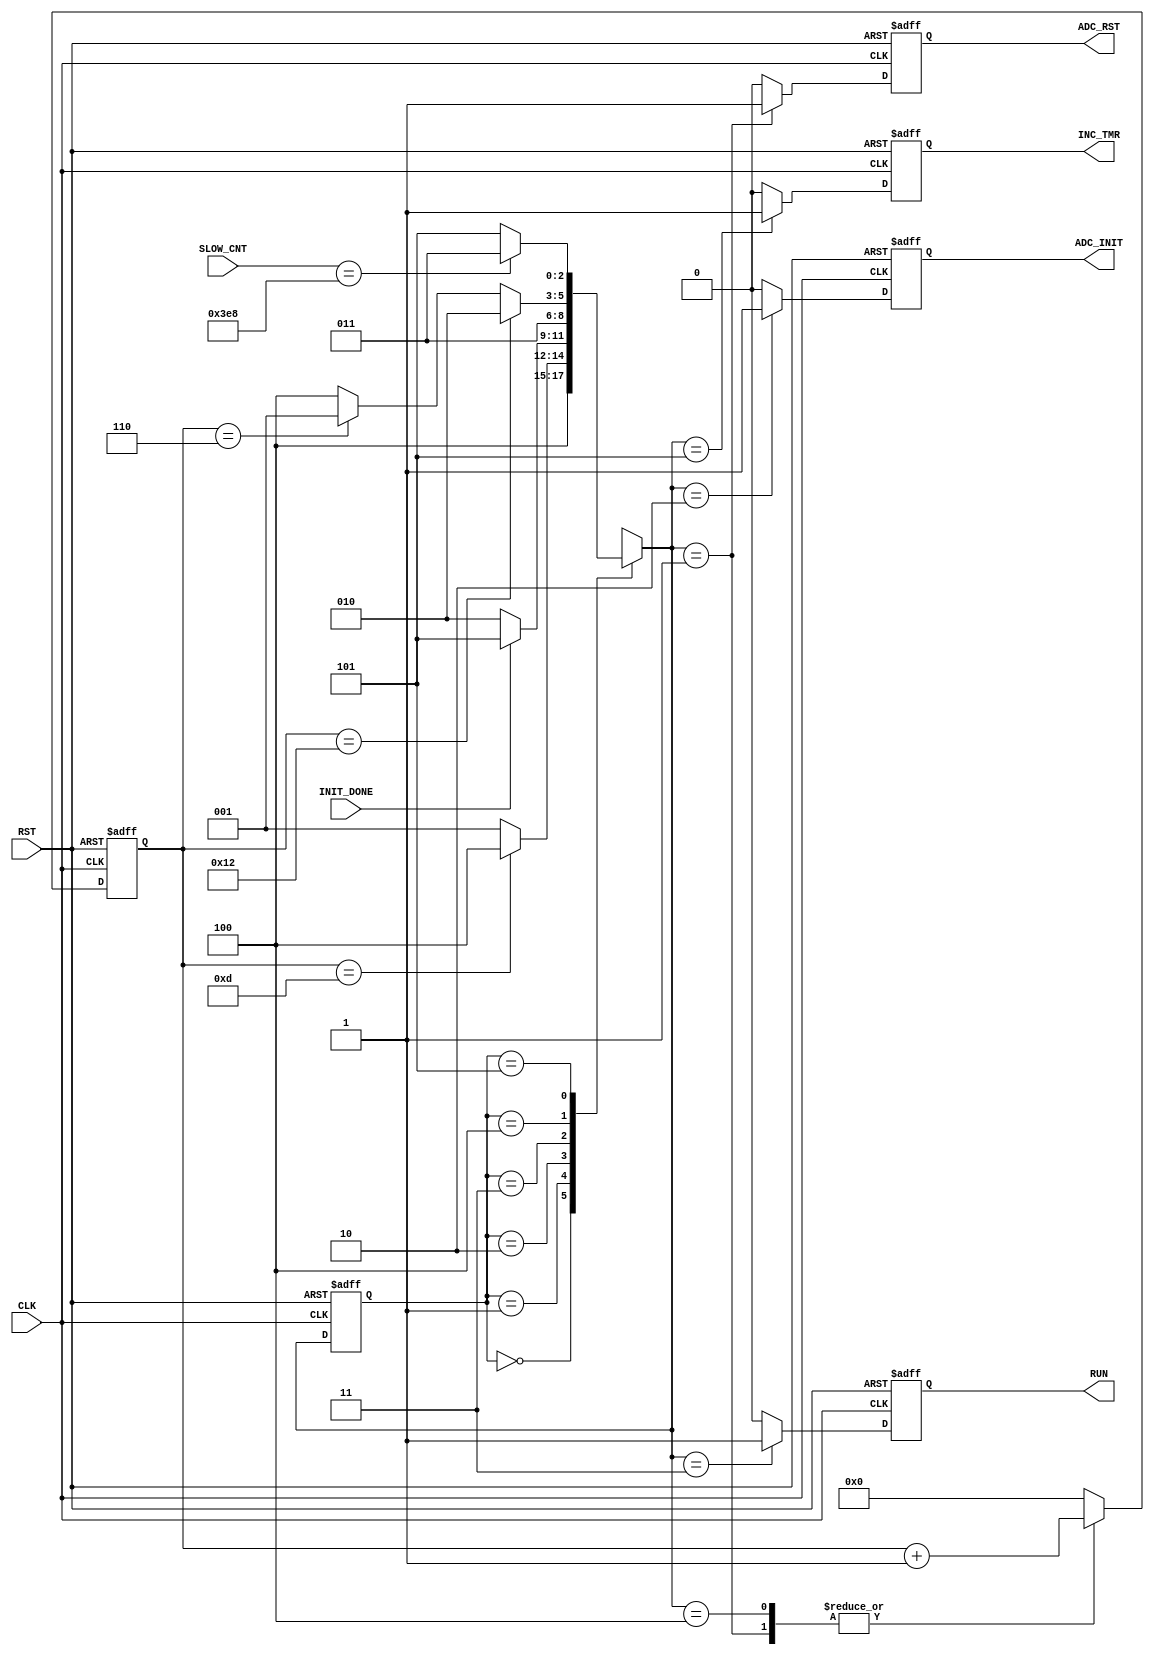

// Created by fizzim_tmr.pl version $Revision: 4.44 on 2014:08:26 at 14:50:17 (www.fizzim.com)

module ADC_Init_FSM 
  #(
    parameter TIME_OUT = 12'd1000
  )(
  output reg ADC_INIT,
  output reg ADC_RST,
  output reg INC_TMR,
  output reg RUN,
  input CLK,
  input INIT_DONE,
  input RST,
  input wire [11:0] SLOW_CNT 
);

  // state bits
  parameter 
  Reset     = 3'b000, 
  ADC_Reset = 3'b001, 
  Init      = 3'b010, 
  Run       = 3'b011, 
  Wait      = 3'b100, 
  Wait2     = 3'b101; 

  reg [2:0] state;

  reg [2:0] nextstate;

  reg [4:0] cnt;

  // comb always block
  always @* begin
    nextstate = 3'bxxx; // default to x because default_state_is_x is set
    case (state)
      Reset    :                                 nextstate = Wait;
      ADC_Reset: if      (cnt == 13)             nextstate = Wait;
                 else                            nextstate = ADC_Reset;
      Init     : if      (INIT_DONE)             nextstate = Wait2;
                 else                            nextstate = Init;
      Run      :                                 nextstate = Run;
      Wait     : if      (cnt == 18)             nextstate = Init;
                 else if (cnt == 6)              nextstate = ADC_Reset;
                 else                            nextstate = Wait;
      Wait2    : if      (SLOW_CNT == TIME_OUT)  nextstate = Run;
                 else                            nextstate = Wait2;
    endcase
  end

  // Assign reg'd outputs to state bits

  // sequential always block
  always @(posedge CLK or posedge RST) begin
    if (RST)
      state <= Reset;
    else
      state <= nextstate;
  end

  // datapath sequential always block
  always @(posedge CLK or posedge RST) begin
    if (RST) begin
      ADC_INIT <= 0;
      ADC_RST <= 0;
      INC_TMR <= 0;
      RUN <= 0;
      cnt <= 5'h00;
    end
    else begin
      ADC_INIT <= 0; // default
      ADC_RST <= 0; // default
      INC_TMR <= 0; // default
      RUN <= 0; // default
      cnt <= 5'h00; // default
      case (nextstate)
        ADC_Reset: begin
                          ADC_RST <= 1;
                          cnt <= cnt + 1;
        end
        Init     :        ADC_INIT <= 1;
        Run      :        RUN <= 1;
        Wait     :        cnt <= cnt + 1;
        Wait2    :        INC_TMR <= 1;
      endcase
    end
  end

  // This code allows you to see state names in simulation
  `ifndef SYNTHESIS
  reg [71:0] statename;
  always @* begin
    case (state)
      Reset    : statename = "Reset";
      ADC_Reset: statename = "ADC_Reset";
      Init     : statename = "Init";
      Run      : statename = "Run";
      Wait     : statename = "Wait";
      Wait2    : statename = "Wait2";
      default  : statename = "XXXXXXXXX";
    endcase
  end
  `endif

endmodule